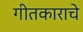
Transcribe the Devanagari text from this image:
गीतकाराचे